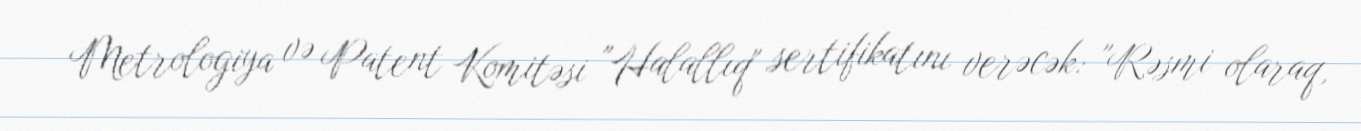
Metrologiya və Patent Komitəsi "Halallıq" sertifikatını verəcək: "Rəsmi olaraq,